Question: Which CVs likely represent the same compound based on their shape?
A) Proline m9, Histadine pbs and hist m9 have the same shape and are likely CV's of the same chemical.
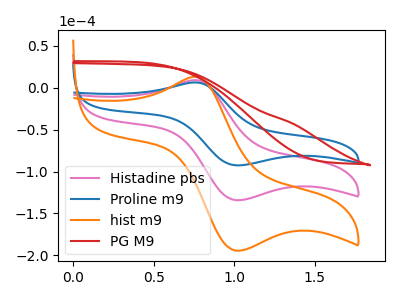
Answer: <think>The pink curve "Histadine pbs" has an anodic peak at (0.75V, 8.90uA) and a cathodic peak at (1.00V, -134.05uA). The blue curve "Proline m9" has an anodic peak at (0.75V, 6.15uA) and a cathodic peak at (1.00V, -92.55uA). The orange curve "hist m9" has an anodic peak at (0.75V, 17.80uA) and a cathodic peak at (1.00V, -268.15uA). The red curve "PG M9" has no peaks.
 All the peaks in "Histadine pbs" have a peak in "Proline m9" at the same potential. Every peak in "Histadine pbs" is higher than every peak in "Proline m9". All the peaks in "Histadine pbs" have a peak in "hist m9" at the same potential. Every peak in "Histadine pbs" is lower than every peak in "hist m9". "Histadine pbs" and "PG M9" have a different number of peaks. All the peaks in "Proline m9" have a peak in "hist m9" at the same potential. Every peak in "Proline m9" is lower than every peak in "hist m9". "Proline m9" and "PG M9" have a different number of peaks. "hist m9" and "PG M9" have a different number of peaks.</think>
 <answer>A) "Proline m9", "Histadine pbs" and "hist m9" have the same shape and are likely CV's of the same chemical.</answer>
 <eval>A</eval>